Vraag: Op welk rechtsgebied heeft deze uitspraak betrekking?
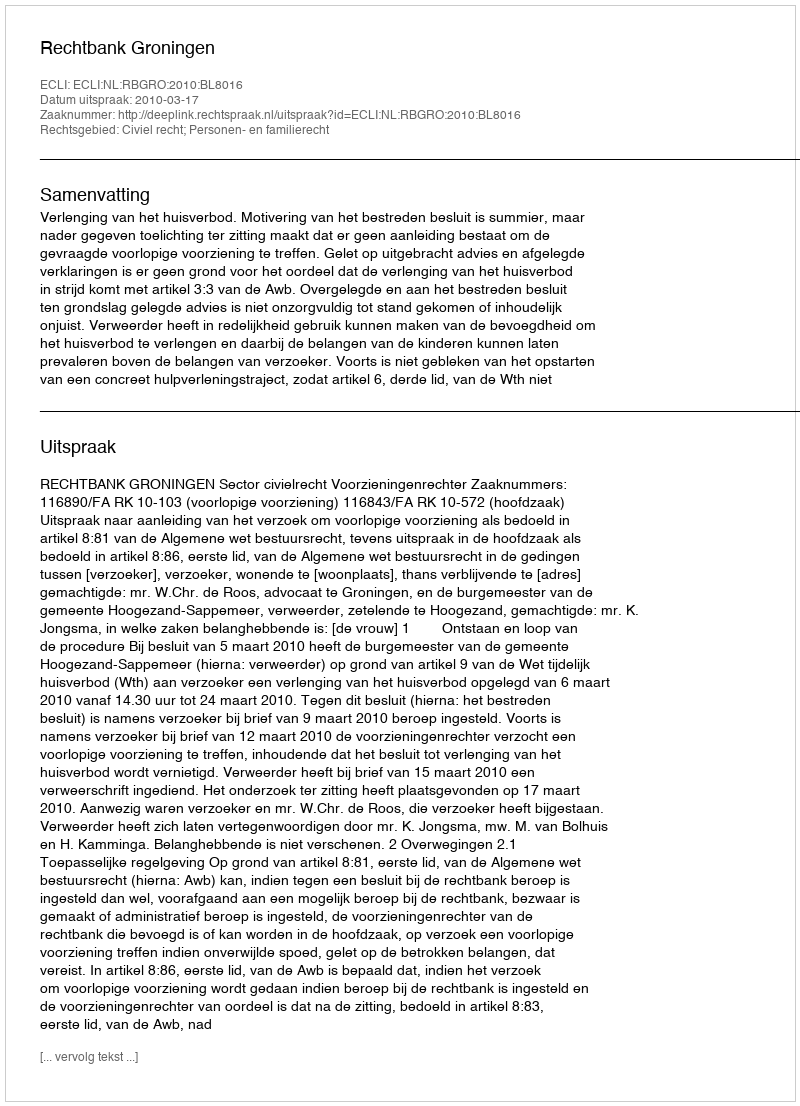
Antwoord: Civiel recht; Personen- en familierecht